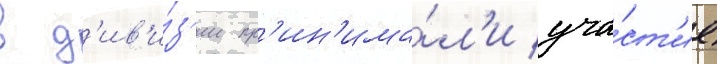
в д'ив'и́з'ии пр'ин'има́л'и уча́ст'ие